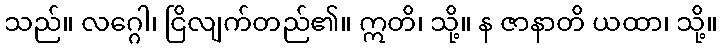
သည်။ လဂ္ဂေါ၊ ငြိလျက်တည်၏။ ဣတိ၊ သို့။ န ဇာနာတိ ယထာ၊ သို့။